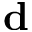
\mathbf { d }